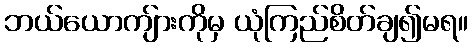
ဘယ်ယောကျ်ားကိုမှ ယုံကြည်စိတ်ချ၍မရ။